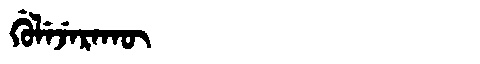
Manchu: ᡤᡠᠯᡝᠵᡝᡵᠠᡴᡡ
Romanization: GULEJERAKŪ